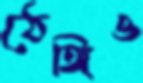
ঠেঙ্গিও